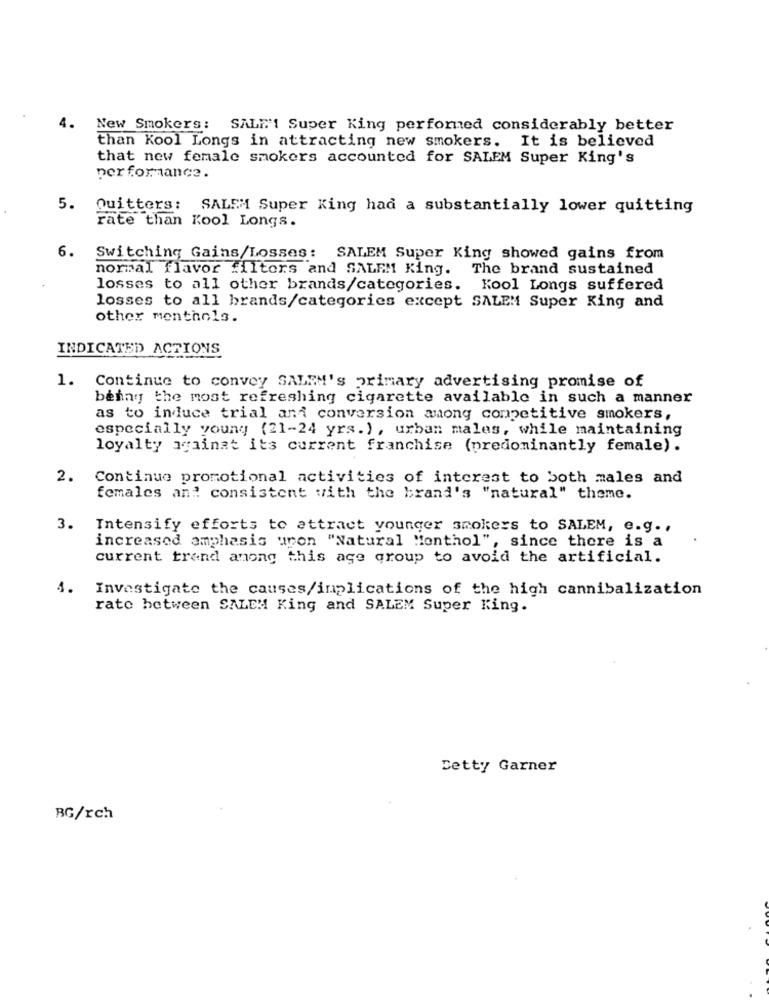
4.
New Smokers: SALF'! Super King performed considerably better
than Kool Longs in attracting new smokers. It is believed
that new female smokers accounted for SALEM Super King's
performance.
5.
Quitters: SALEM Super King had a substantially lower quitting
rate than Kool Longs.
6.
Switching Gains/Losses: SALEM Super King showed gains from
normal flavor filters and SALEM King. The brand sustained
losses to all other brands/categories. Kool Longs suffered
losses to all brands/categories except SALEM Super King and
other menthols.
INDICATED ACTIONS
1. Continue to convey SALEM's primary advertising promise of
being the most refreshing cigarette available in such a manner
as to induce trial and conversion among competitive smokers,
especially young (21-24 yrs. ) , urban males, while maintaining
loyalty against its current franchise (predominantly female) .
2.
Continuo promotional activities of interest to both males and
females and consistent with the brand's "natural" theme.
3.
Intensify efforts to attract younger smokers to SALEM, e.g .,
increased emphasis upon "Natural Monthol", since there is a
current trend among this age group to avoid the artificial.
4.
Investigate the causes/implications of the high cannibalization
rate between SALEM King and SALEM Super King.
Betty Garner
BG/rch